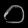
Digit: ၀